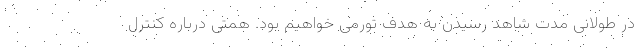
در طولانی مدت شاهد رسیدن به هدف تورمی خواهیم بود. همتی درباره کنترل